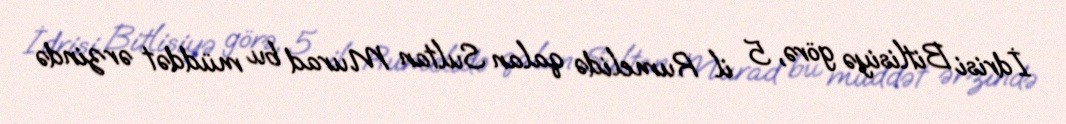
İdrisi Bitlisiyə görə, 5 il Rumelidə qalan Sultan Murad bu müddət ərzində